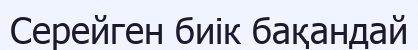
Серейген биік бақандай